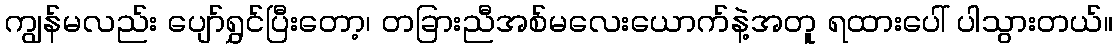
ကျွန်မလည်း ပျော်ရွှင်ပြီးတော့၊ တခြားညီအစ်မလေးယောက်နဲ့အတူ ရထားပေါ် ပါသွားတယ်။